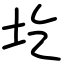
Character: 圪